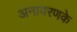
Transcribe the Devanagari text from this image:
अनावरणके